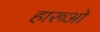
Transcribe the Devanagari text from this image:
हारूओ